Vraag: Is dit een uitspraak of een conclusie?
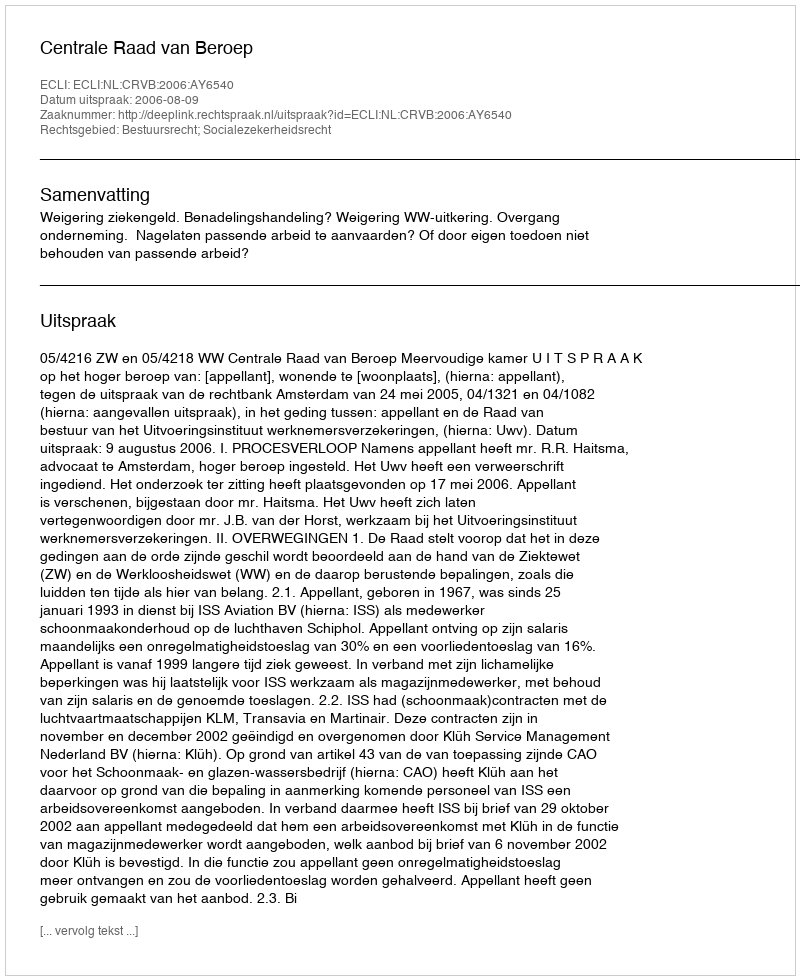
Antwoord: Uitspraak